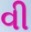
વી